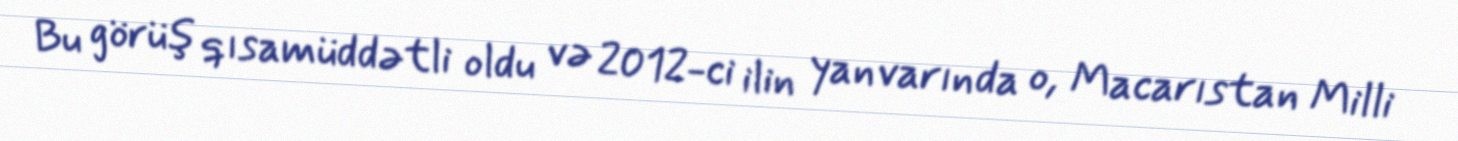
Bu görüş qısamüddətli oldu və 2012-ci ilin yanvarında o, Macarıstan Milli